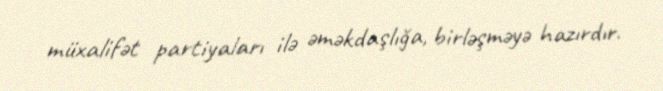
müxalifət partiyaları ilə əməkdaşlığa, birləşməyə hazırdır.